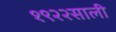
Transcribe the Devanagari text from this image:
१९२२साली